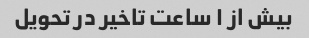
بیش از ۱ ساعت تاخیر در تحویل